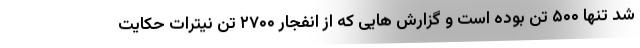
شد تنها ۵۰۰ تن بوده است و گزارش هایی که از انفجار ۲۷۰۰ تن نیترات حکایت